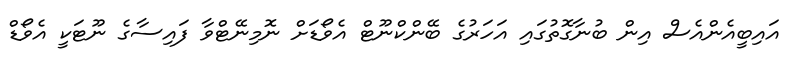
އައިބީއެންއެސް އިން ބުނާގޮތުގައި އަހަރުގެ ބޭންކްނޫޓް އެވޯޑަށް ނޮމިނޭޓްވާ ފައިސާގެ ނޫޓަކީ އެވޯޑް